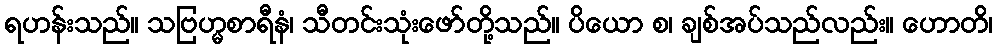
ရဟန်းသည်။ သဗြဟ္မစာရီနံ၊ သီတင်းသုံးဖော်တို့သည်။ ပိယော စ၊ ချစ်အပ်သည်လည်း။ ဟောတိ၊